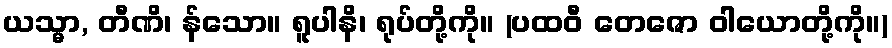
ယသ္မာ, တီဏိ၊ န်သော။ ရူပါနိ၊ ရုပ်တို့ကို။ (ပထဝီ တေဇော ဝါယောတို့ကို။)